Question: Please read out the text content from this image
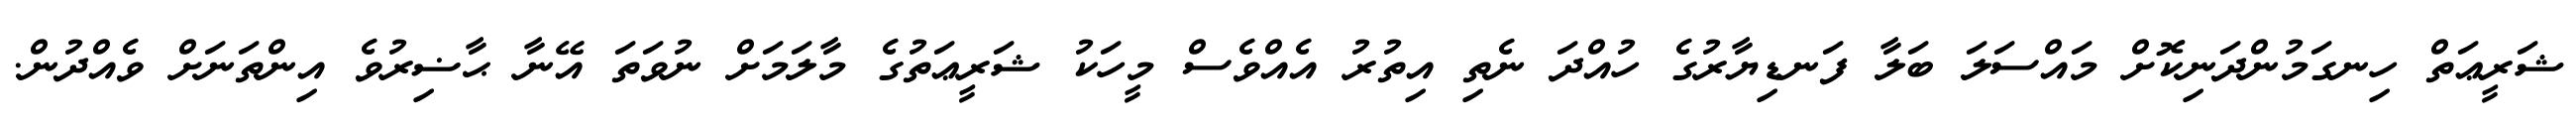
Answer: ޝަރީޢަތް ހިނގަމުންދަނިކޮށް މައްސަލަ ބަލާ ފަނޑިޔާރުގެ ހުއްދަ ނެތި އިތުރު އެއްވެސް މީހަކު ޝަރީޢަތުގެ މާލަމަށް ނުވަތަ އޭނާ ޙާޟިރުވެ އިންތަނަށް ވެއްދުން.